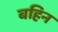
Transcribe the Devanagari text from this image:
बहिन